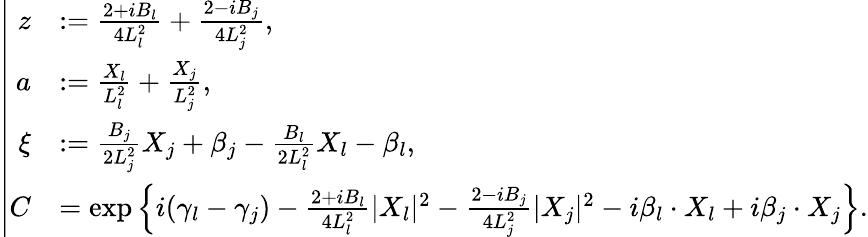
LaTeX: \left|\begin{array}{rl}{z}&{:=\frac{2+iB_{l}}{4L_{l}^{2}}+\frac{2-iB_{j}}{4L_{j}^{2}},}\\ {a}&{:=\frac{X_{l}}{L_{l}^{2}}+\frac{X_{j}}{L_{j}^{2}},}\\ {\xi}&{:=\frac{B_{j}}{2L_{j}^{2}}X_{j}+\beta_{j}-\frac{B_{l}}{2L_{l}^{2}}X_{l}-\beta_{l},}\\ {C}&{=\exp\left\{ i(\gamma_{l}-\gamma_{j})-\frac{2+iB_{l}}{4L_{l}^{2}}|X_{l}|^{2}-\frac{2-iB_{j}}{4L_{j}^{2}}|X_{j}|^{2}-i\beta_{l}\cdot X_{l}+i\beta_{j}\cdot X_{j}\right\} .}\end{array}\right.